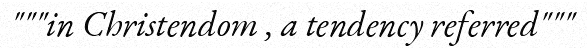
"""in Christendom , a tendency referred"""